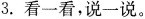
3.看一看，说一说。